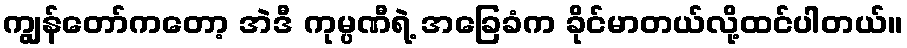
ကျွန်တော်ကတော့ အဲဒီ ကုမ္ပဏီရဲ့ အခြေခံက ခိုင်မာတယ်လို့ထင်ပါတယ်။